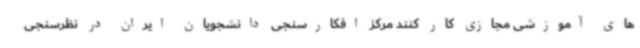
های آموزشی مجازی کار کنند مرکز افکارسنجی دانشجویان ایران در نظرسنجی